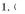
1.(